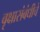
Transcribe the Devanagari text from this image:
वृक्षासंबंधीचे